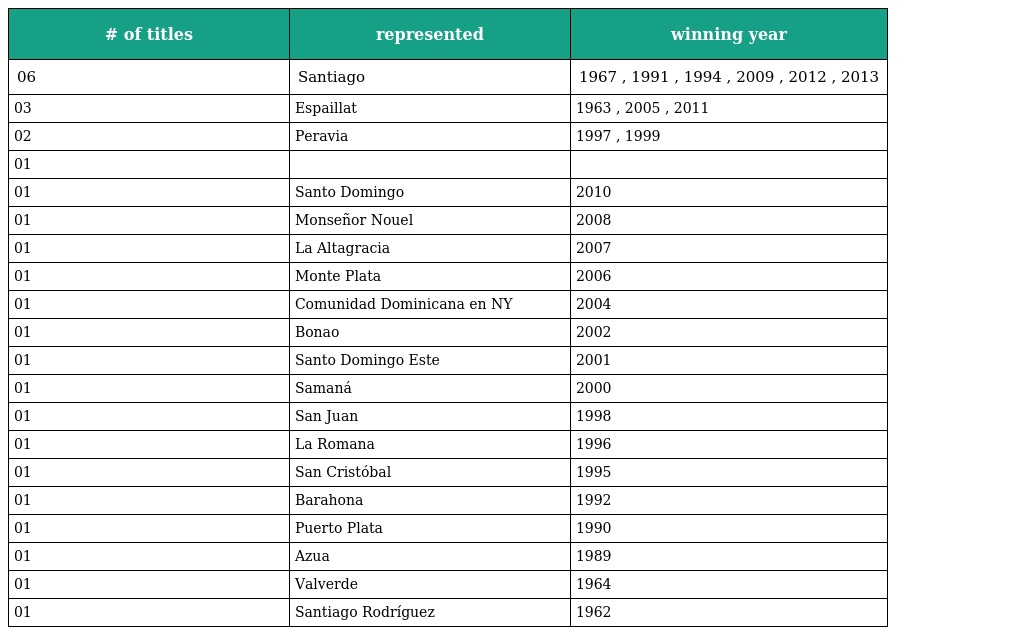
| # of titles | represented | winning year |
 | --- | --- | --- |
 | 06 | Santiago | 1967 , 1991 , 1994 , 2009 , 2012 , 2013 |
 | 03 | Espaillat | 1963 , 2005 , 2011 |
 | 02 | Peravia | 1997 , 1999 |
 | 01 |  |  |
 | 01 | Santo Domingo | 2010 |
 | 01 | Monseñor Nouel | 2008 |
 | 01 | La Altagracia | 2007 |
 | 01 | Monte Plata | 2006 |
 | 01 | Comunidad Dominicana en NY | 2004 |
 | 01 | Bonao | 2002 |
 | 01 | Santo Domingo Este | 2001 |
 | 01 | Samaná | 2000 |
 | 01 | San Juan | 1998 |
 | 01 | La Romana | 1996 |
 | 01 | San Cristóbal | 1995 |
 | 01 | Barahona | 1992 |
 | 01 | Puerto Plata | 1990 |
 | 01 | Azua | 1989 |
 | 01 | Valverde | 1964 |
 | 01 | Santiago Rodríguez | 1962 |